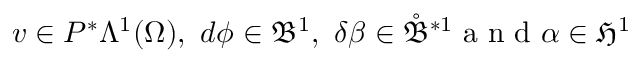
v \in P ^ { \ast } \Lambda ^ { 1 } ( \Omega ) , \ d \phi \in \mathfrak { B } ^ { 1 } , \ \delta \beta \in \mathring { \mathfrak { B } } ^ { \ast 1 } \mathrm { ~ a ~ n ~ d ~ } \alpha \in \mathfrak { H } ^ { 1 }